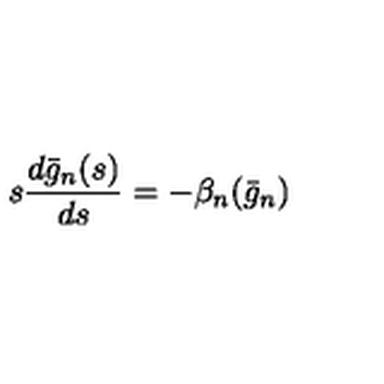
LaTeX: s \frac { d \bar { g } _ { n } ( s ) } { d s } = - \beta _ { n } ( \bar { g } _ { n } )